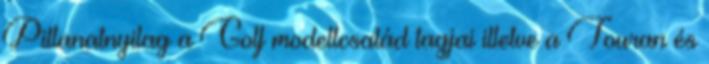
Pillanatnyilag a Golf modellcsalád tagjai illetve a Touran és